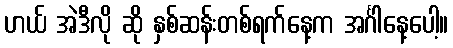
ဟယ် အဲဒီလို ဆို နှစ်ဆန်းတစ်ရက်နေ့က အင်္ဂါနေ့ပေါ့။